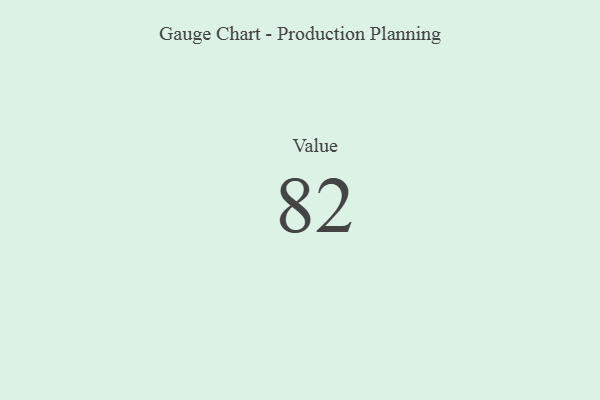
{"axis": {"x": "Metric", "y": "Value"}, "legend": [""], "data": [{"x": "Value", "y": 82, "type": ""}]}